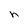
Character: n